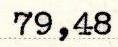
79,48